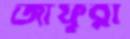
জাফুরা